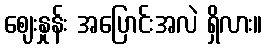
ဈေးနှုန်း အပြောင်းအလဲ ရှိလား။